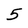
Character: 5